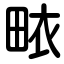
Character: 畩